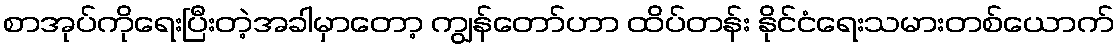
စာအုပ်ကိုရေးပြီးတဲ့အခါမှာတော့ ကျွန်တော်ဟာ ထိပ်တန်း နိုင်ငံရေးသမားတစ်ယောက်